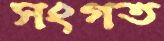
সংগত